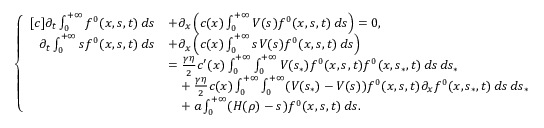
\begin{array} { r } { \left\{ \begin{array} { r l } { [ c ] \partial _ { t } \int _ { 0 } ^ { + \infty } f ^ { 0 } ( x , s , t ) \, d s } & { + \partial _ { x } \left( c ( x ) \int _ { 0 } ^ { + \infty } V ( s ) f ^ { 0 } ( x , s , t ) \, d s \right) = 0 , } \\ { \partial _ { t } \int _ { 0 } ^ { + \infty } s f ^ { 0 } ( x , s , t ) \, d s } & { + \partial _ { x } \left( c ( x ) \int _ { 0 } ^ { + \infty } s V ( s ) f ^ { 0 } ( x , s , t ) \, d s \right) } \\ & { = \frac { \gamma \eta } { 2 } c ^ { \prime } ( x ) \int _ { 0 } ^ { + \infty } \int _ { 0 } ^ { + \infty } V ( s _ { \ast } ) f ^ { 0 } ( x , s , t ) f ^ { 0 } ( x , s _ { \ast } , t ) \, d s \, d s _ { \ast } } \\ & { \phantom { = } + \frac { \gamma \eta } { 2 } c ( x ) \int _ { 0 } ^ { + \infty } \int _ { 0 } ^ { + \infty } ( V ( s _ { \ast } ) - V ( s ) ) f ^ { 0 } ( x , s , t ) \partial _ { x } f ^ { 0 } ( x , s _ { \ast } , t ) \, d s \, d s _ { \ast } } \\ & { \phantom { = } + a \int _ { 0 } ^ { + \infty } ( H ( \rho ) - s ) f ^ { 0 } ( x , s , t ) \, d s . } \end{array} \right. } \end{array}